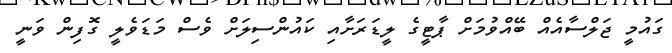
ގައުމީ ޖަލްސާއެއް ބޭއްވުމަށް ޕާޓީގެ ލީޑަރަށާއި ކައުންސިލަށް ވެސް މަޑަވެލީ ގޮފިން ވަނީ